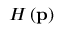
H \left( \mathbf { p } \right)